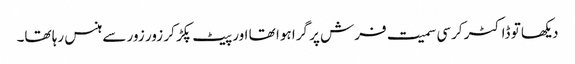
دیکھا تو ڈاکٹر کرسی سمیت فرش پر گرا ہوا تھا اور پیٹ پکڑ کر زور زور سے ہنس رہا تھا۔